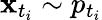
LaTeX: \mathbf{x}_{t_{i}}\sim p_{t_{i}}